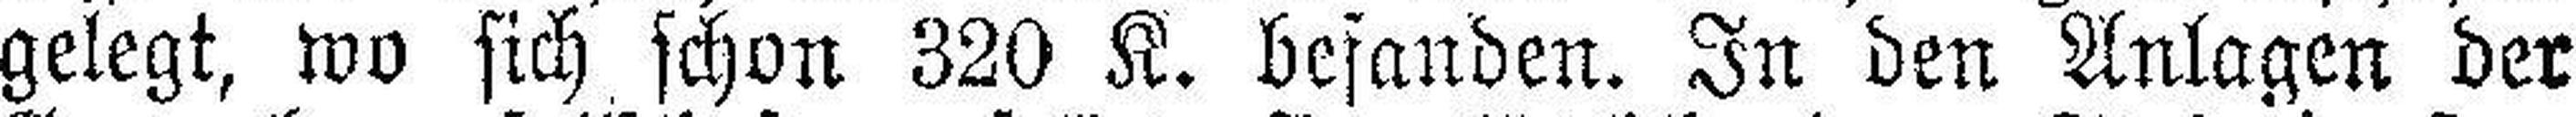
gelegt, wo sich schon 320 K. befanden. In den Anlagen der